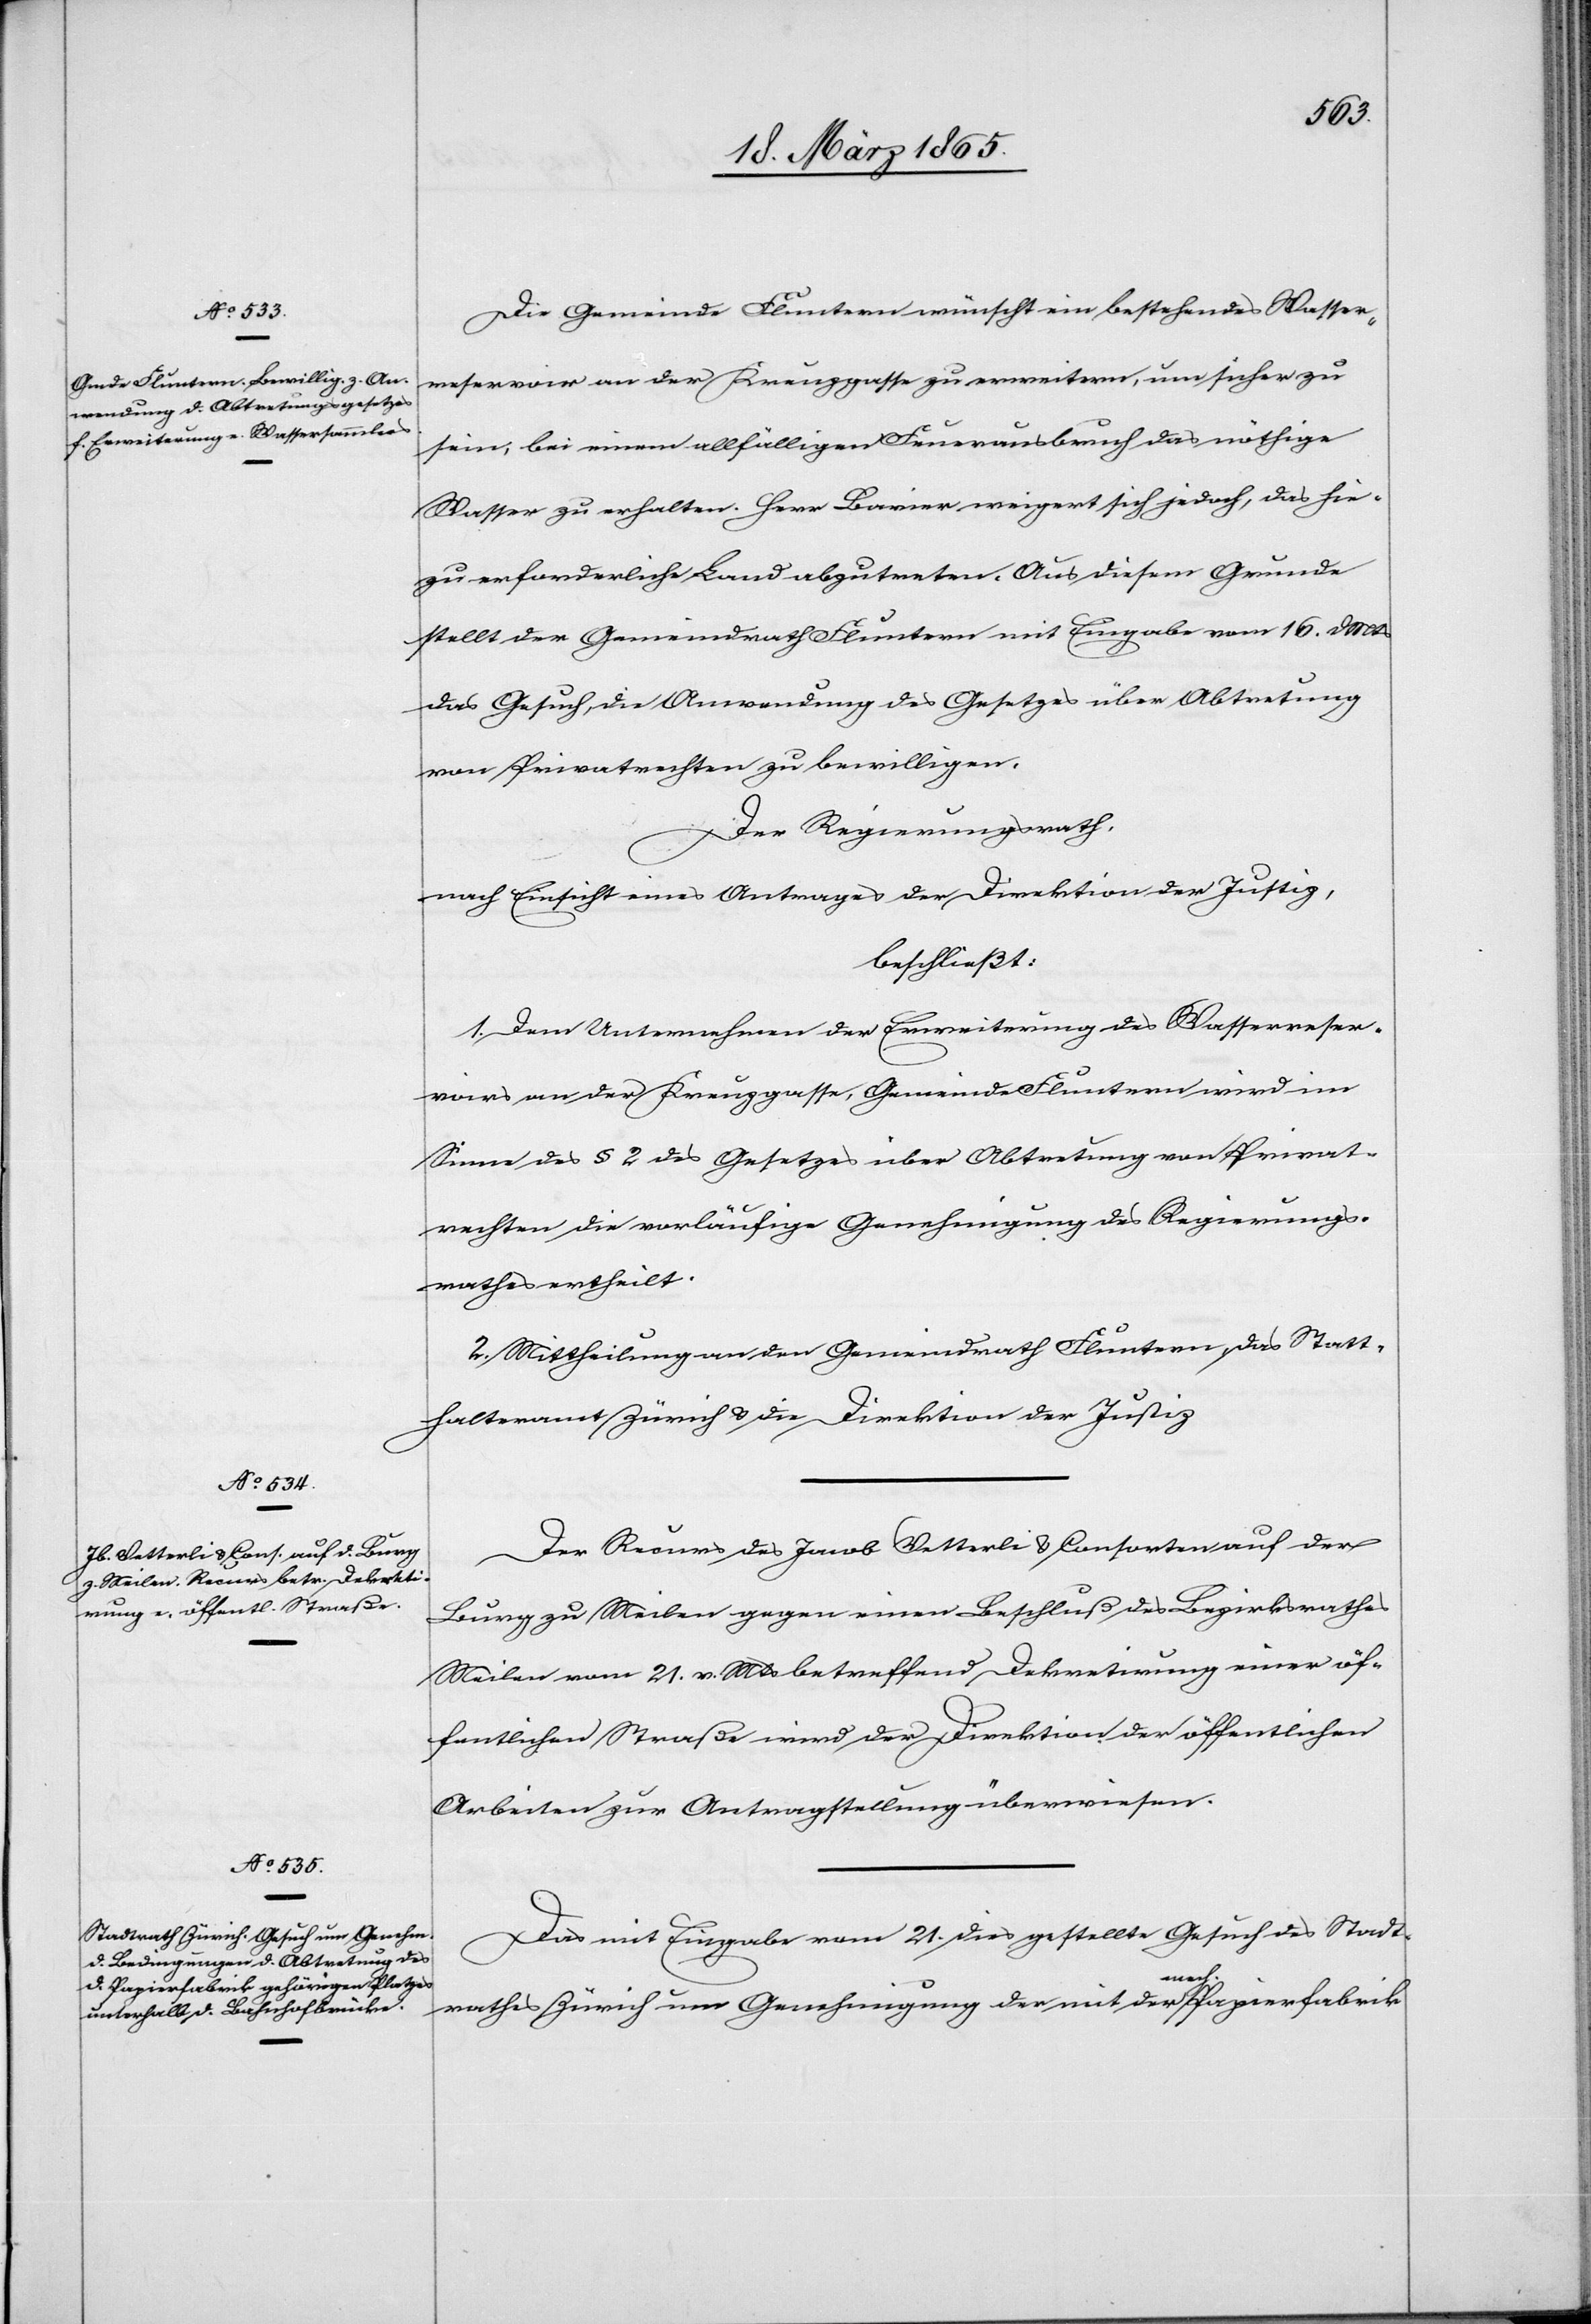
23. März 1865.]
Die Gemeinde Fluntern wünscht ein bestehendes Wasser¬
reservoir an der Kreuzgasse zu erweitern, um sicher zu
sein, bei einem allfälligen Feuerausbruch das nöthige
Wasser zu erhalten. Herr Bavier weigert sich jedoch, das hie¬
zu erforderliche Land abzutreten. Aus diesem Grunde
stellt der Gemeindrath Fluntern mit Eingabe vom 16. d Mts.
das Gesuch, die Anwendung des Gesetzes über Abtretung
von Privatrechten zu bewilligen.
Der Regierungsrath,
nach Einsicht eines Antrages der Direktion der Justiz,
beschließt:
1. Dem Unternehmen der Erweiterung des Wasserreser¬
voirs an der Kreuzgasse, Gemeinde Fluntern wird im
Sinne des § 2 des Gesetzes über Abtretung von Privat¬
rechten die vorläufige Genehmigung des Regierungs¬
rathes ertheilt.
2. Mittheilung an den Gemeindrath Fluntern, das Statt¬
halteramt Zürich & die Direktion der Justiz[.]
Der Recurs des Jacob Vetterli & Consorten auf der
Burg zu Meilen gegen einen Beschluß des Bezirksrathes
Meilen vom 21. v. Mts betreffend Dekretirung einer öf¬
fentlichen Straße wird der Direktion der öffentlichen
Arbeiten zur Antragstellung überwiesen.
Das mit Eingabe vom 21. dies gestellte Gesuch des Stadt¬
rathes Zürich um Genehmigung der mit der mech. Papierfabrik